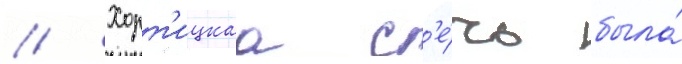
// Хорт'ицкаа с'е́чь была́